Scottish Leaving Certificate Examination, 1961
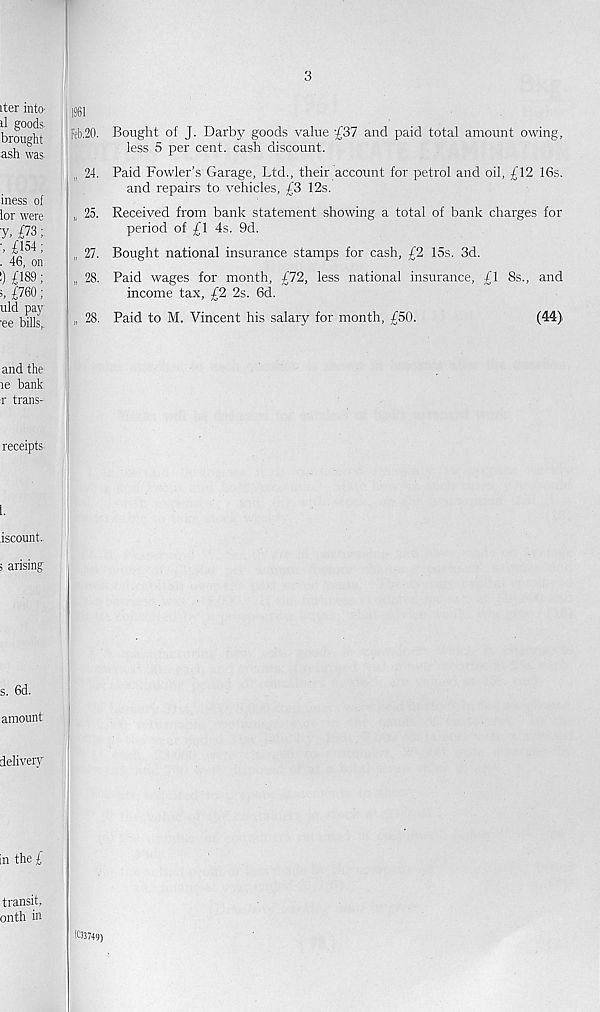
iter into-
il goods
brought
ash was
iness of
lor were
7. £73;
£154 ;
. 46, on
') £189;
=,£760;
uld pay
■ ee bills,.
Feb.20. Bought of J. Darby? goods value '£37 and paid total amount owing,
less 5 per cent, cash discount.
„ 24. Paid Fowler’s Garage, Ltd., their account for petrol and oil, £12 16s.
and repairs to vehicles, £3 12s.
„ 25. Received from bank statement showing a total of bank charges for
period of £1 4s. 9d.
„ 27. Bought national insurance stamps for cash, £2 15s. 3d.
„ 28. Paid wages for month, £72, less national insurance, £1 8s., and
income tax, £2 2s. 6d.
„ 28. Paid to M. Vincent his salary for month, £50.
(44)
and the
re bank
t trans-
receipts.
1.
iscount..
; arising
s. 6d.
amount
delivery
in the £
transit,
onth in
IC33749)